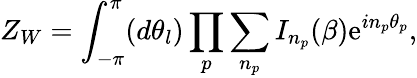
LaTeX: Z_{W}=\int_{-\pi}^{\pi}(d\theta_{l})\prod_{p}\sum_{n_{p}}I_{n_{p}}(\beta)\mathrm{e}^{in_{p}{\theta}_{p}},